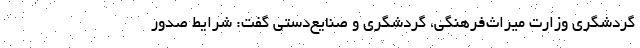
گردشگری وزارت میراث‌فرهنگی، گردشگری و صنایع‌دستی گفت: شرایط صدور